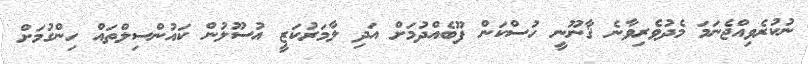
ނުކުރެވިއްޖެނަމަ މެދުވެރިވާނެ ޤާނޫނީ ހުސްކަން ފޫބެއްދުމަށް އަދި ލާމަރުކަޒީ އުސޫލުން ކައުންސިލްތައް ހިންގުމަށް